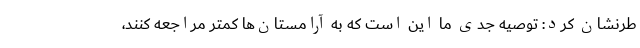
طرنشان کرد: توصیه جدی ما این است که به آرامستان‌ها کمتر مراجعه کنند،